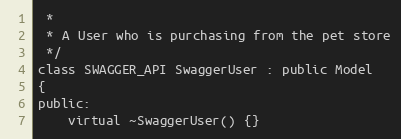
Language: C
 *
 * A User who is purchasing from the pet store
 */
class SWAGGER_API SwaggerUser : public Model
{
public:
    virtual ~SwaggerUser() {}